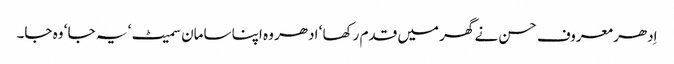
اِدھر معروف حسن نے گھر میں قدم رکھا ‘ ادھر وہ اپنا سامان سمیٹ ‘ یہ جا ‘ وہ جا۔